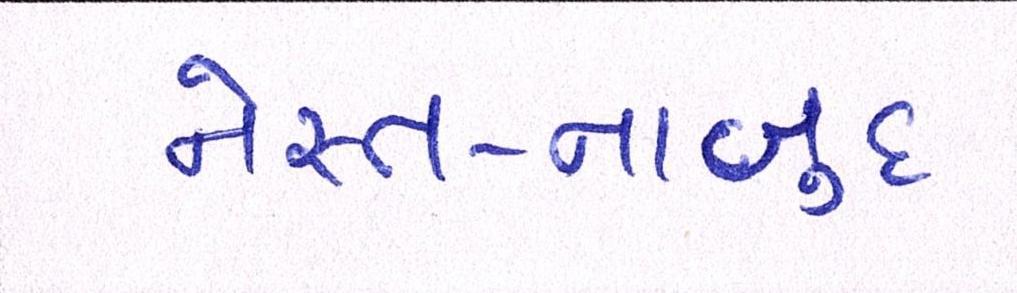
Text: નેસ્ત-નાબુદ